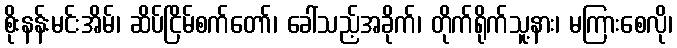
စိုးနန်းမင်းအိမ်၊ ဆိပ်ငြိမ်စက်တော်၊ ခေါ်သည့်အခိုက်၊ တိုက်ရိုက်သူ့နား၊ မကြားစေလို၊